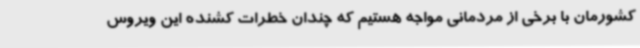
کشورمان با برخی از مردمانی مواجه هستیم که چندان خطرات کشنده این ویروس